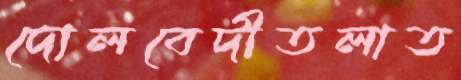
দোলবেদীতলাত